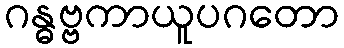
ဂန္ဓဗ္ဗကာယူပဂတော